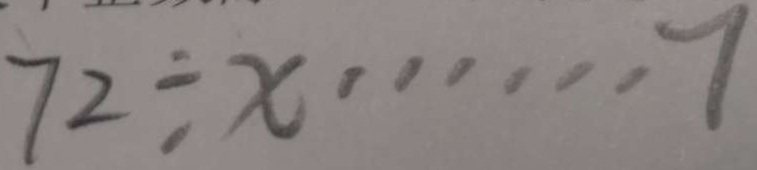
7 2 \div x \cdots 7